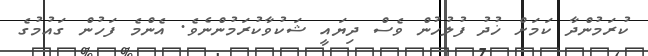
ކުރަމުންދާ ކަމަށް ޚުދު ފުލުހުން ވެސް ދިޔައީ ޝަކުވާކުރަމުންނެވެ. އެންމެ ފަހުން ގައުމުގެ